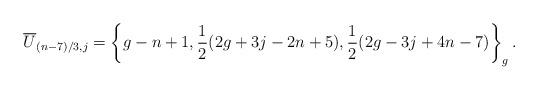
LaTeX: \begin{align*}\overline{U}_{(n-7)/3,j} &= \left\{g-n+1,\frac{1}{2}(2g+3j-2n+5),\frac{1}{2}(2g-3j+4n-7)\right\}_{g}.\end{align*}